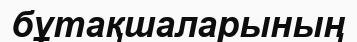
бұтақшаларының